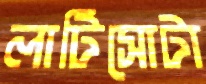
লাটিসোটা